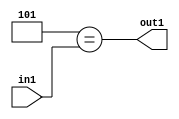
`timescale 1ps / 1ps
/*****************************************************************************
    Verilog RTL Description
    
    
    Created by: Stratus DpOpt 2019.1.01 
*******************************************************************************/

module feature_write_addr_gen_Eqi5u3_4 (
	in1,
	out1
	); /* architecture "behavioural" */ 
input [2:0] in1;
output  out1;
wire  asc001;

assign asc001 = (8'B00000101==in1);

assign out1 = asc001;
endmodule

/* CADENCE  urjzQgo= : u9/ySgnWtBlWxVPRXgAZ4Og= ** DO NOT EDIT THIS LINE ******/